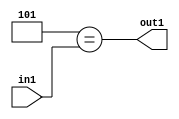
`timescale 1ps / 1ps
/*****************************************************************************
    Verilog RTL Description
    
    
    Created by: Stratus DpOpt 2019.1.01 
*******************************************************************************/

module feature_write_addr_gen_Eqi5u3_4 (
	in1,
	out1
	); /* architecture "behavioural" */ 
input [2:0] in1;
output  out1;
wire  asc001;

assign asc001 = (8'B00000101==in1);

assign out1 = asc001;
endmodule

/* CADENCE  urjzQgo= : u9/ySgnWtBlWxVPRXgAZ4Og= ** DO NOT EDIT THIS LINE ******/